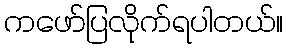
ကဖော်ပြလိုက်ရပါတယ်။